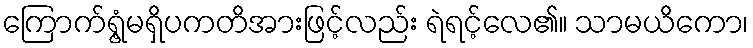
ကြောက်ရွံ့မရှိပကတိအားဖြင့်လည်း ရဲရင့်လေ၏။ သာမယိကော၊